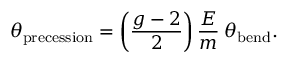
\theta _ { \mathrm { p r e c e s s i o n } } = \left( { \frac { g - 2 } { 2 } } \right) { \frac { E } { m } } \: \theta _ { \mathrm { b e n d } } .